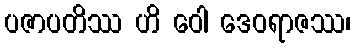
ပဇာပတိဿ ဟိ ဝေါ ဒေဝရာဇဿ၊